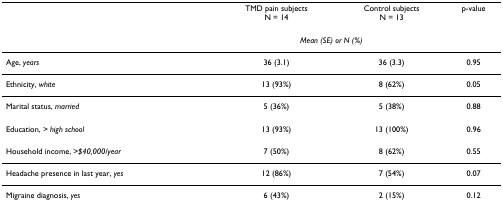
<table><thead><tr><td></td><td><b>TMD pain subjectsN = 14</b></td><td><b>Control subjectsN = 13</b></td><td><b>p-value</b></td></tr><tr><td></td><td colspan="2"><b><i>Mean (SE) or N (%)</i></b></td><td></td></tr></thead><tbody><tr><td>Age, <i>years</i></td><td>36 (3.1)</td><td>36 (3.3)</td><td>0.95</td></tr><tr><td>Ethnicity, <i>white</i></td><td>13 (93%)</td><td>8 (62%)</td><td>0.05</td></tr><tr><td>Marital status, <i>married</i></td><td>5 (36%)</td><td>5 (38%)</td><td>0.88</td></tr><tr><td>Education, <i>&gt; high school</i></td><td>13 (93%)</td><td>13 (100%)</td><td>0.96</td></tr><tr><td>Household income, <i>&gt;$40,000/year</i></td><td>7 (50%)</td><td>8 (62%)</td><td>0.55</td></tr><tr><td>Headache presence in last year, <i>yes</i></td><td>12 (86%)</td><td>7 (54%)</td><td>0.07</td></tr><tr><td>Migraine diagnosis, <i>yes</i></td><td>6 (43%)</td><td>2 (15%)</td><td>0.12</td></tr></tbody></table>